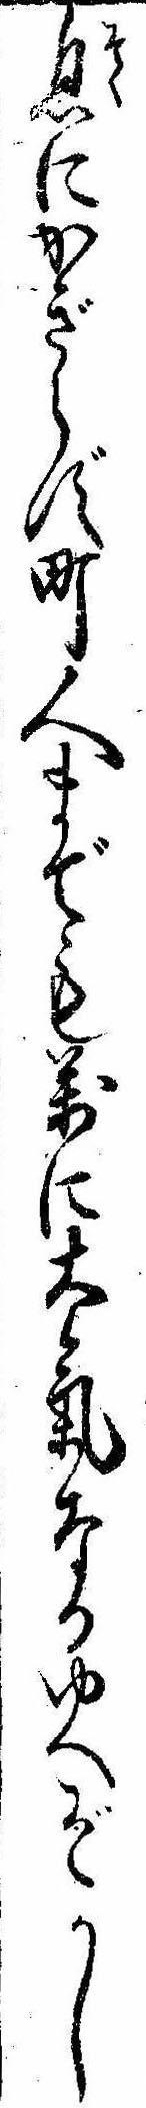
息にかぎらず町人までも万に大気なるゆへぞかし